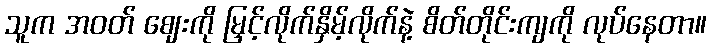
သူက အဝတ် ဈေးကို မြှင့်လိုက်နှိမ့်လိုက်နဲ့ စိတ်တိုင်းကျကို လုပ်နေတာ။